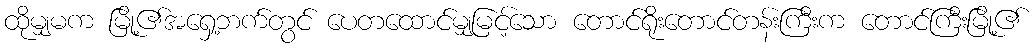
ထိုမျှမက မြို့၏အရှေ့ဘက်တွင် ပေတထောင်မျှမြင့်သော တောင်ရိုးတောင်တန်းကြီးက တောင်ကြီးမြို့၏